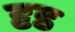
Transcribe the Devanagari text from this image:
दृड